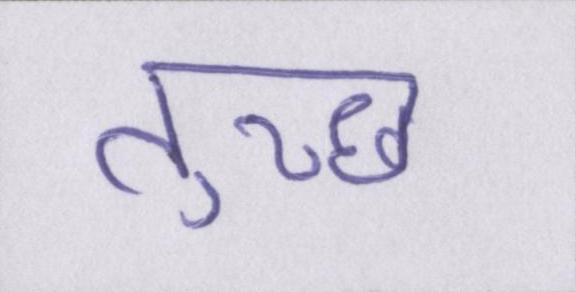
तुच्छ